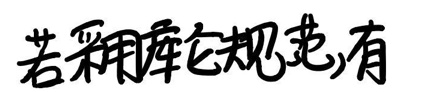
若采用库仑规范，有